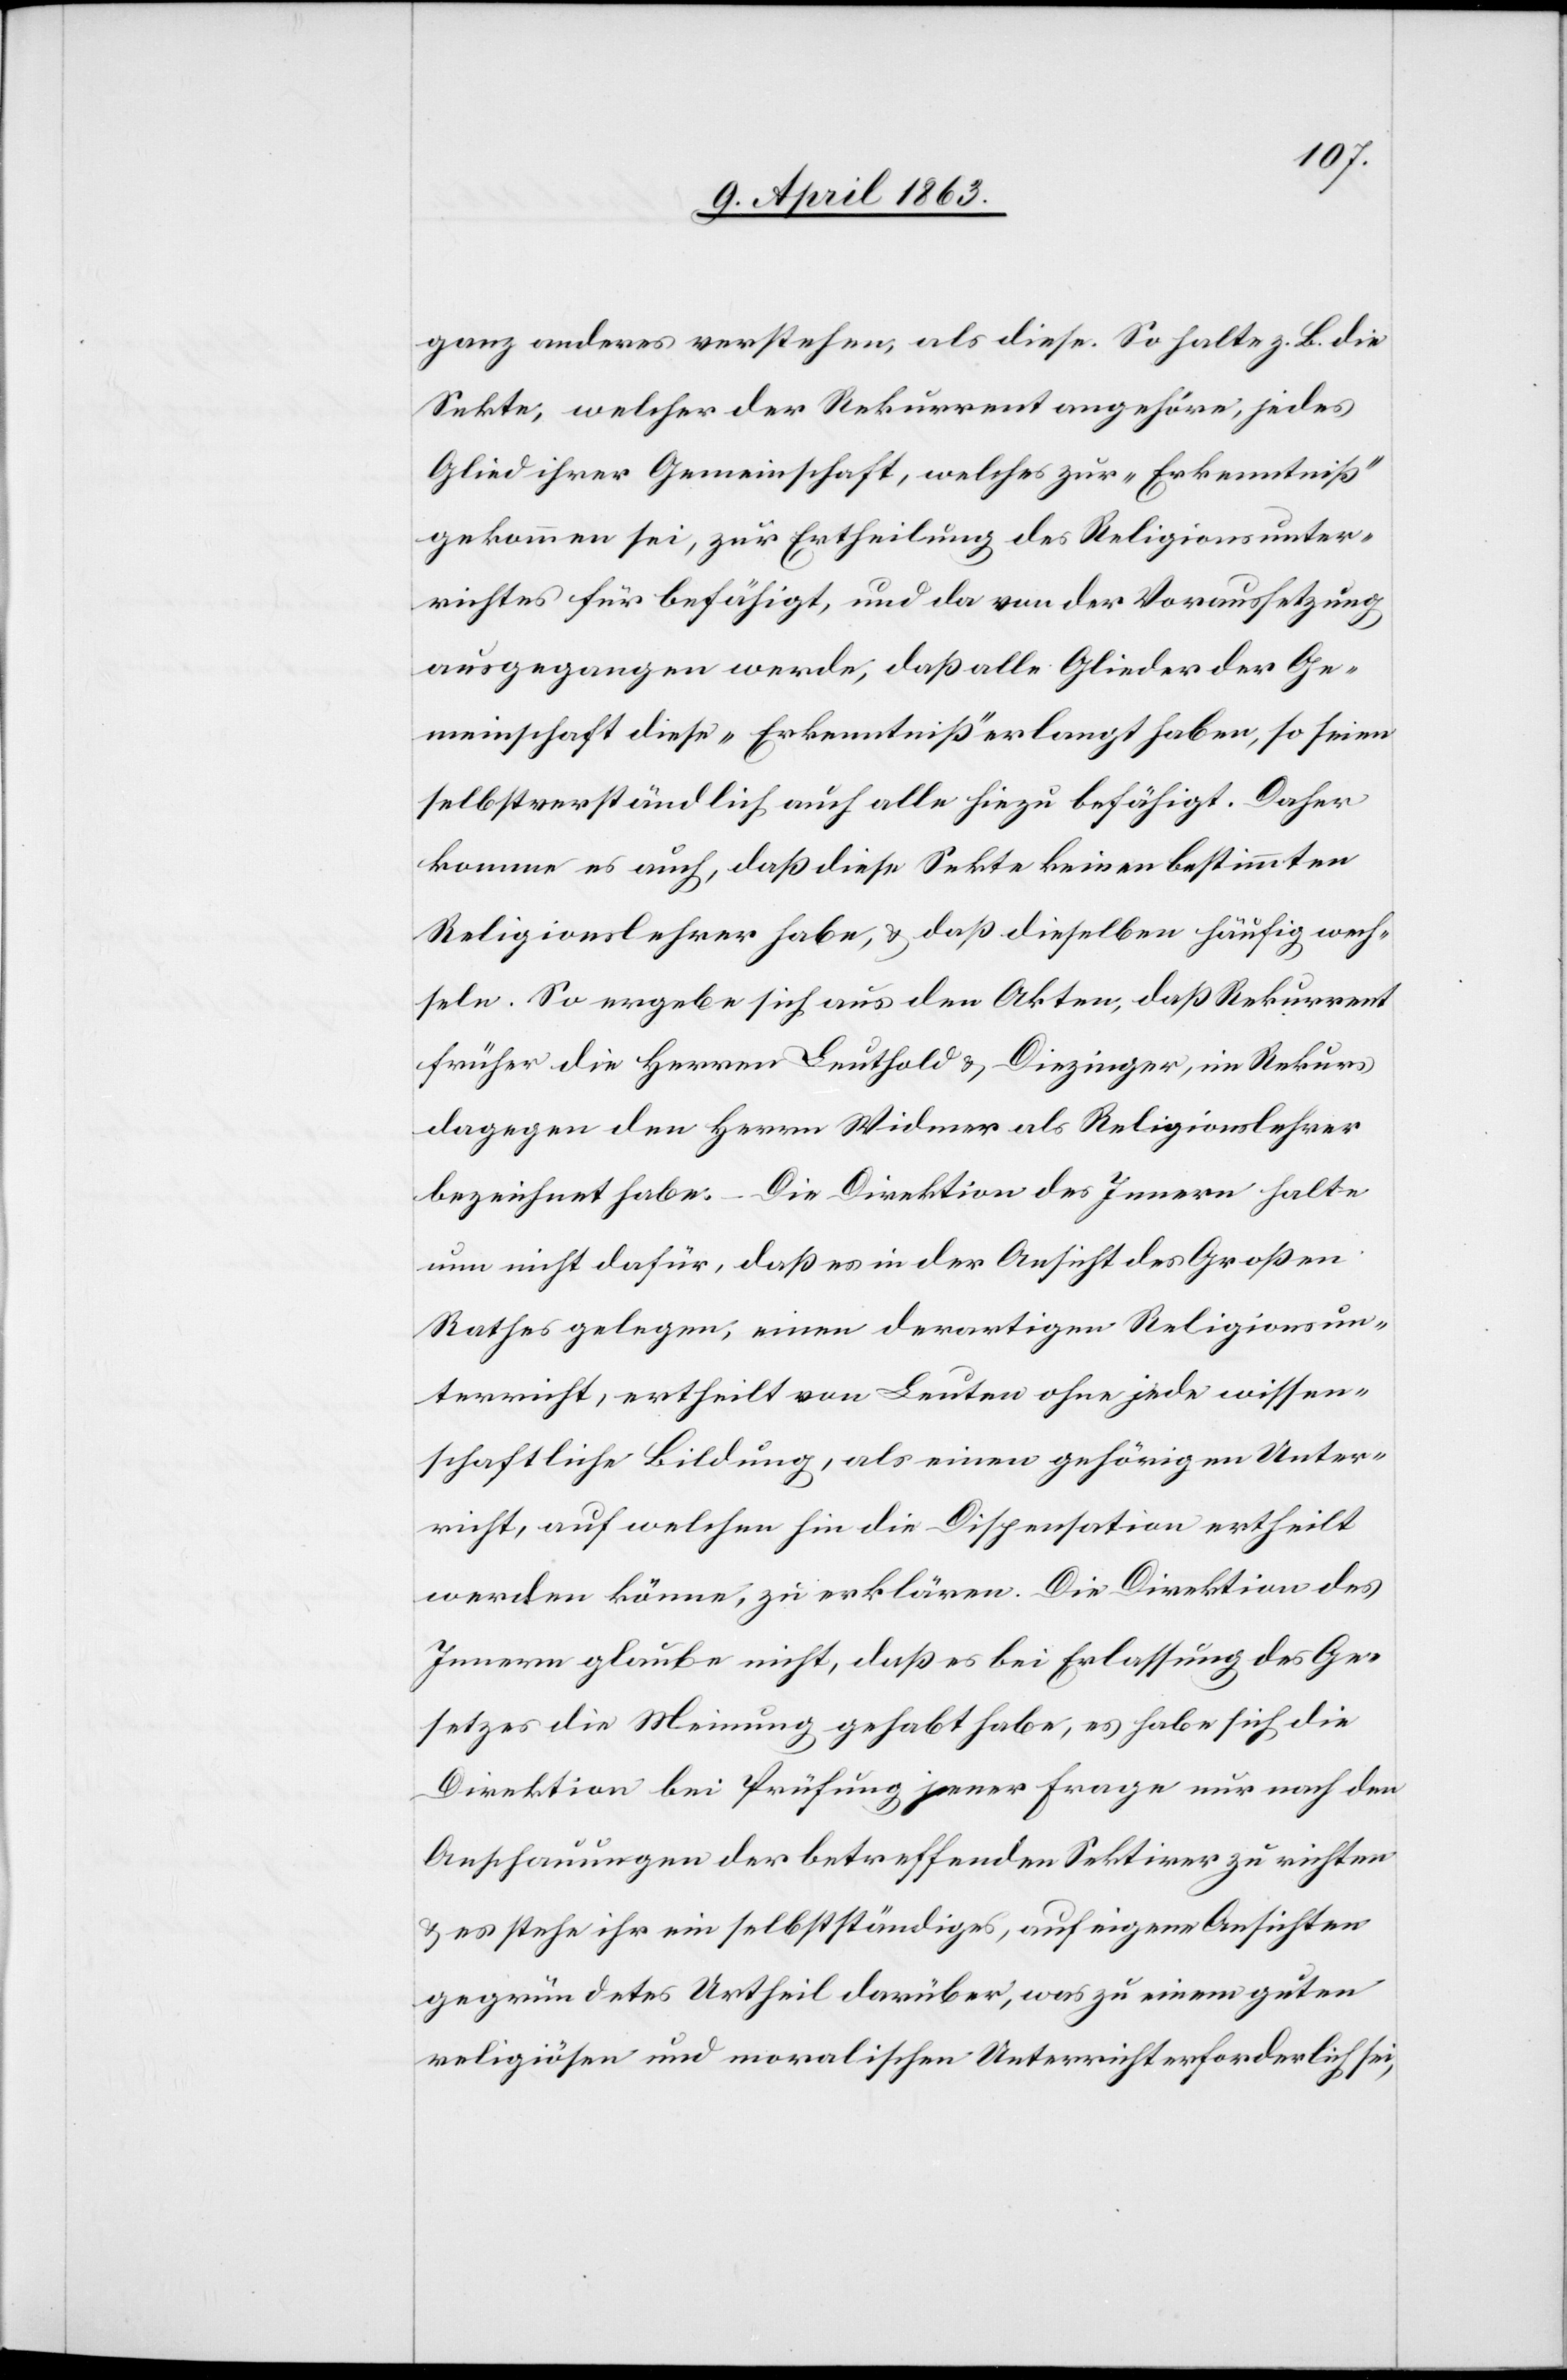
ganz anderes verstehen, als diese. So halte z. B. die
Sekte, welcher der Rekurrent angehöre, jedes
Glied ihrer Gemeinschaft, welches zur „Erkenntniß“
gekommen sei, zur Ertheilung des Religionsunter¬
richtes für befähigt, und da von der Voraussetzung
ausgegangen werde, daß alle Glieder der Ge¬
meinschaft diese „Erkenntniß“ erlangt haben, so seien
selbstverständlich auch alle hiezu befähigt. Daher
komme es auch, daß diese Sekte keinen bestimmten
Religionslehrer habe, & daß dieselben häufig wech¬
seln. So ergebe sich aus den Akten, daß Rekurrent
früher die Herren Leuthold & Diezinger, im Rekurs
dagegen den Herrn Widmer als Religionslehrer
bezeichnet habe. Die Direktion des Innern halte
nun nicht dafür, daß es in der Ansicht des Großen
Rathes gelegen, einen derartigen Religionsun¬
terricht, ertheilt von Leuten ohne jede wissen¬
schaftliche Bildung, als einen gehörigen Unter¬
richt, auf welchen hin die Dispensation ertheilt
werden könne, zu erklären. Die Direktion des
Innern glaube nicht, daß es bei Erlassung des Ge¬
setzes die Meinung gehabt habe, es habe sich die
Direktion bei Prüfung jener Frage nur nach den
Anschauungen der betreffenden Sektirer zu richten
& es stehe ihr ein selbstständiges, auf eigene Ansichten
gegründetes Urtheil darüber, was zu einem guten
religiösen und moralischen Unterricht erforderlich sei,